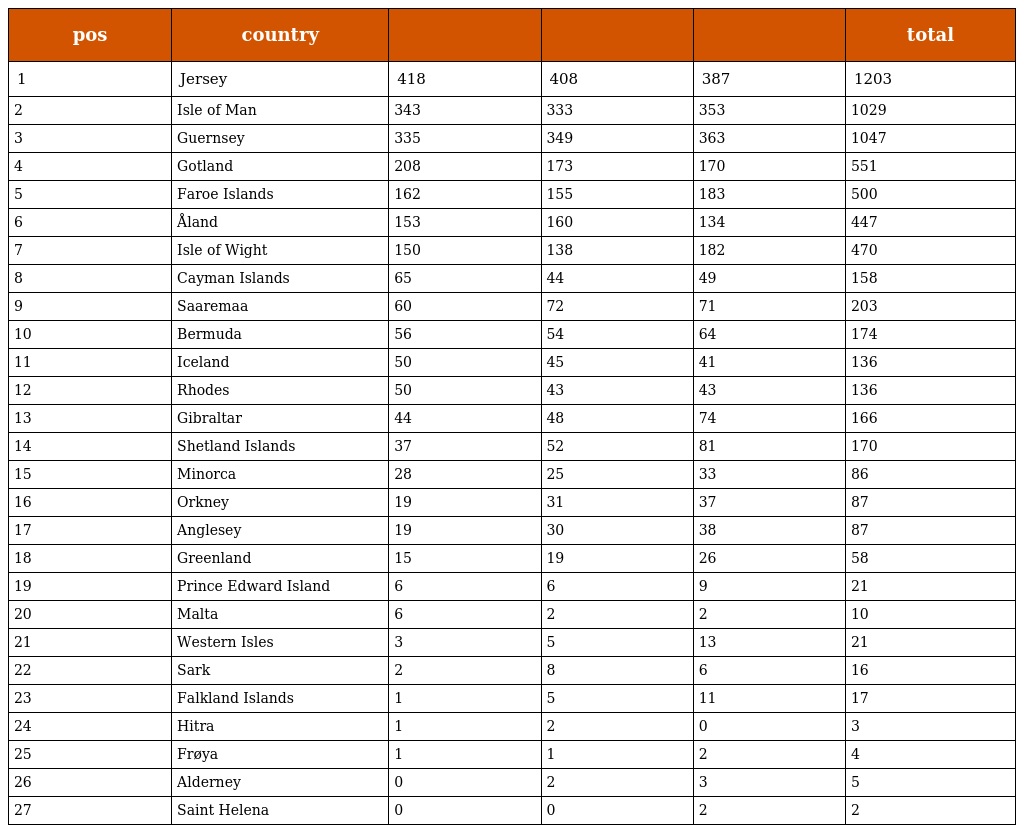
| pos | country |  |  |  | total |
 | --- | --- | --- | --- | --- | --- |
 | 1 | Jersey | 418 | 408 | 387 | 1203 |
 | 2 | Isle of Man | 343 | 333 | 353 | 1029 |
 | 3 | Guernsey | 335 | 349 | 363 | 1047 |
 | 4 | Gotland | 208 | 173 | 170 | 551 |
 | 5 | Faroe Islands | 162 | 155 | 183 | 500 |
 | 6 | Åland | 153 | 160 | 134 | 447 |
 | 7 | Isle of Wight | 150 | 138 | 182 | 470 |
 | 8 | Cayman Islands | 65 | 44 | 49 | 158 |
 | 9 | Saaremaa | 60 | 72 | 71 | 203 |
 | 10 | Bermuda | 56 | 54 | 64 | 174 |
 | 11 | Iceland | 50 | 45 | 41 | 136 |
 | 12 | Rhodes | 50 | 43 | 43 | 136 |
 | 13 | Gibraltar | 44 | 48 | 74 | 166 |
 | 14 | Shetland Islands | 37 | 52 | 81 | 170 |
 | 15 | Minorca | 28 | 25 | 33 | 86 |
 | 16 | Orkney | 19 | 31 | 37 | 87 |
 | 17 | Anglesey | 19 | 30 | 38 | 87 |
 | 18 | Greenland | 15 | 19 | 26 | 58 |
 | 19 | Prince Edward Island | 6 | 6 | 9 | 21 |
 | 20 | Malta | 6 | 2 | 2 | 10 |
 | 21 | Western Isles | 3 | 5 | 13 | 21 |
 | 22 | Sark | 2 | 8 | 6 | 16 |
 | 23 | Falkland Islands | 1 | 5 | 11 | 17 |
 | 24 | Hitra | 1 | 2 | 0 | 3 |
 | 25 | Frøya | 1 | 1 | 2 | 4 |
 | 26 | Alderney | 0 | 2 | 3 | 5 |
 | 27 | Saint Helena | 0 | 0 | 2 | 2 |